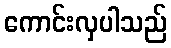
ကောင်းလှပါသည်